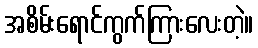
အစိမ်းရောင်ကွက်ကြားလေးတဲ့။